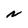
Character: N